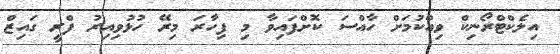
އިލެކްޓްރޯނިކް ވިއްކުމަށް ހާއްސަ ކޮށްފައިވާ މި ފިހާރަ މިރޭ ހުޅުވިއިރު ފްރީ ގައިޒް